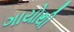
ગાયોથી